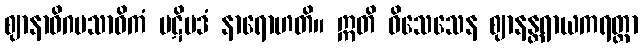
ဈာနာဓိဂမသာဓိကံ ပဋိပဒံ နာရောဟတိ။ ဣတိ ဝိသေသေန ဈာနန္တရာယကရတ္တာ